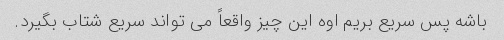
باشه پس سریع بریم اوه این چیز واقعاً می تواند سریع شتاب بگیرد.